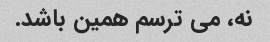
نه، می ترسم همین باشد.